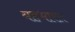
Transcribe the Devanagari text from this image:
यहभारत